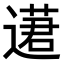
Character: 𨖗